Vaccination in Bombay 1889-1901 - 1889-1901
Year: 1889
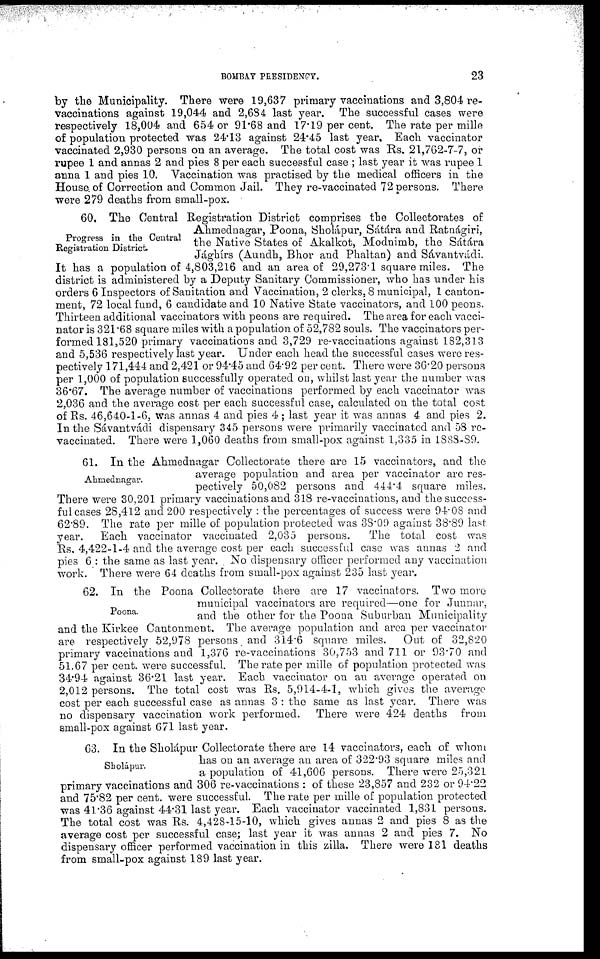
BOMBAY PRESIDENCY.
23
by the Municipality. There were 19,637 primary vaccinations and 3,804 re-
vaccinations against 19,044 and 2,684 last year. The successful cases were
respectively 18,004 and 654 or 91.68 and 17.19 per cent. The rate per mille
of population protected was 24.13 against 24.45 last year. Each vaccinator
vaccinated 2,930 persons on an average. The total cost was Rs. 21,762-7-7, or
rupee 1 and annas 2 and pies 8 per each successful case ; last year it was rupee 1
anna 1 and pies 10. Vaccination was practised by the medical officers in the
House of Correction and Common Jail. They re-vaccinated 72 persons. There
were 279 deaths from small-pox.
Progress in the Central
Registration District.
60. The Central Registration District comprises the Collectorates of
Ahmednagar, Poona, Sholápur, Sátára and Ratnágiri,
the Native States of Akalkot, Modnimb, the Sátára
Jághírs (Aundh, Bhor and Phaltan) and Sávantvádi.
It has a population of 4,803,216 and an area of 29,273.1 square miles. The
district is administered by a Deputy Sanitary Commissioner, who has under his
orders 6 Inspectors of Sanitation and Vaccination, 2 clerks, 8 municipal, 1 canton-
ment, 72 local fund, 6 candidate and 10 Native State vaccinators, and 100 peons.
Thirteen additional vaccinators with peons are required. The area for each vacci-
nator is 321.68 square miles with a population of 52,782 souls. The vaccinators per-
formed 181,520 primary vaccinations and 3,729 re-vaccinations against 182,313
and 5,536 respectively last year. Under each head the successful cases were res-
pectively 171,444 and 2,421 or 94.45 and 64.92 per cent. There were 36.20 persons
per 1,000 of population successfully operated on, whilst last year the number was
36.67. The average number of vaccinations performed by each vaccinator was
2,036 and the average cost per each successful case, calculated on the total cost
of Rs. 46,640-1-6, was annas 4 and pies 4 ; last year it was annas 4 and pies 2.
In the Sávantvádi dispensary 345 persons were primarily vaccinated and 58 re-
vaccinated. There were 1,060 deaths from small-pox against 1,335 in 1888-89.
Ahmednagar.
61. In the Ahmednagar Collectorate there are 15 vaccinators, and the
average population and area per vaccinator are res-
pectively 50,082 persons and 444.4 square miles.
There were 30,201 primary vaccinations and 318 re-vaccinations, and the success-
ful cases 28,412 and 200 respectively : the percentages of success were 94.08 and
62.89. The rate per mille of population protected was 38.09 against 38.89 last
year.
Each vaccinator vaccinated 2,035 persons.
The total cost was
Rs. 4,422-1-4 and the average cost per each successful case was annas 2 and
pies 6 : the same as last year. No dispensary officer performed any vaccination
work. There were 64 deaths from small-pox against 235 last year.
Poona.
62. In the Poona Collectorate there are 17 vaccinators. Two more
municipal vaccinators are required—one for Junnar,
and the other for the Poona Suburban Municipality
and the Kirkee Cantonment. The average population and area per vaccinator
are respectively 52,978 persons and 314.6 square miles.
Out of 32,820
primary vaccinations and 1,376 re-vaccinations 30,753 and 711 or 93.70 and
51.67 per cent. were successful. The rate per mille of population protected was
34.94 against 36.21 last year. Each vaccinator on an average operated on
2,012 persons. The total cost was Rs. 5,914-4-1, which gives the average
cost per each successful case as annas 3 : the same as last year. There was
no dispensary vaccination work performed.
There were 424 deaths from
small-pox against 671 last year.
Sholápur.
63. In the Sholápur Collectorate there are 14 vaccinators, each of whom
has on an average an area of 322.93 square miles and
a population of 41,606 persons. There were 25,321
primary vaccinations and 306 re-vaccinations : of these 23,857 and 232 or 94.22
and 75.82 per cent. were successful. The rate per mille of population protected
was 41.36 against 44.31 last year. Each vaccinator vaccinated 1,831 persons.
The total cost was Rs. 4,428-15-10, which gives annas 2 and pies 8 as the
average cost per successful case; last year it was annas 2 and pies 7. No
dispensary officer performed vaccination in this zilla. There were 181 deaths
from small-pox against 189 last year.